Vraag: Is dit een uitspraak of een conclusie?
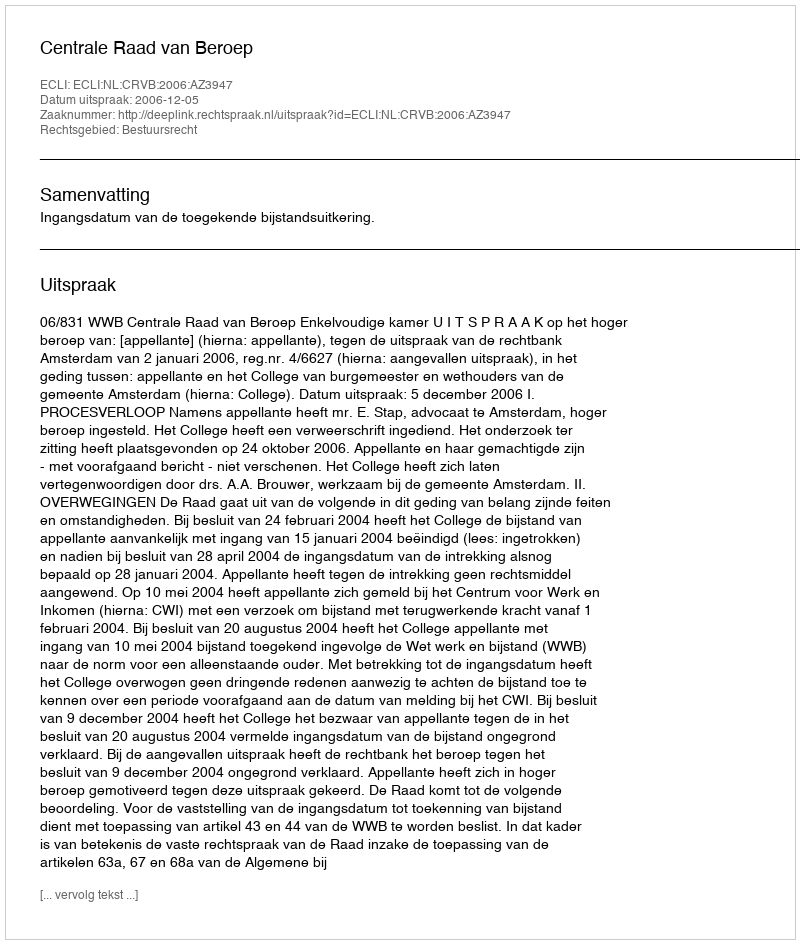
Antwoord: Uitspraak